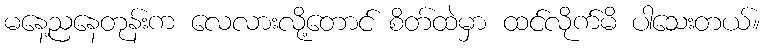
မနေ့ညနေတုန်းက လေလားလို့တောင် စိတ်ထဲမှာ ထင်လိုက်မိ ပါသေးတယ်။